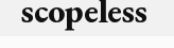
scopeless